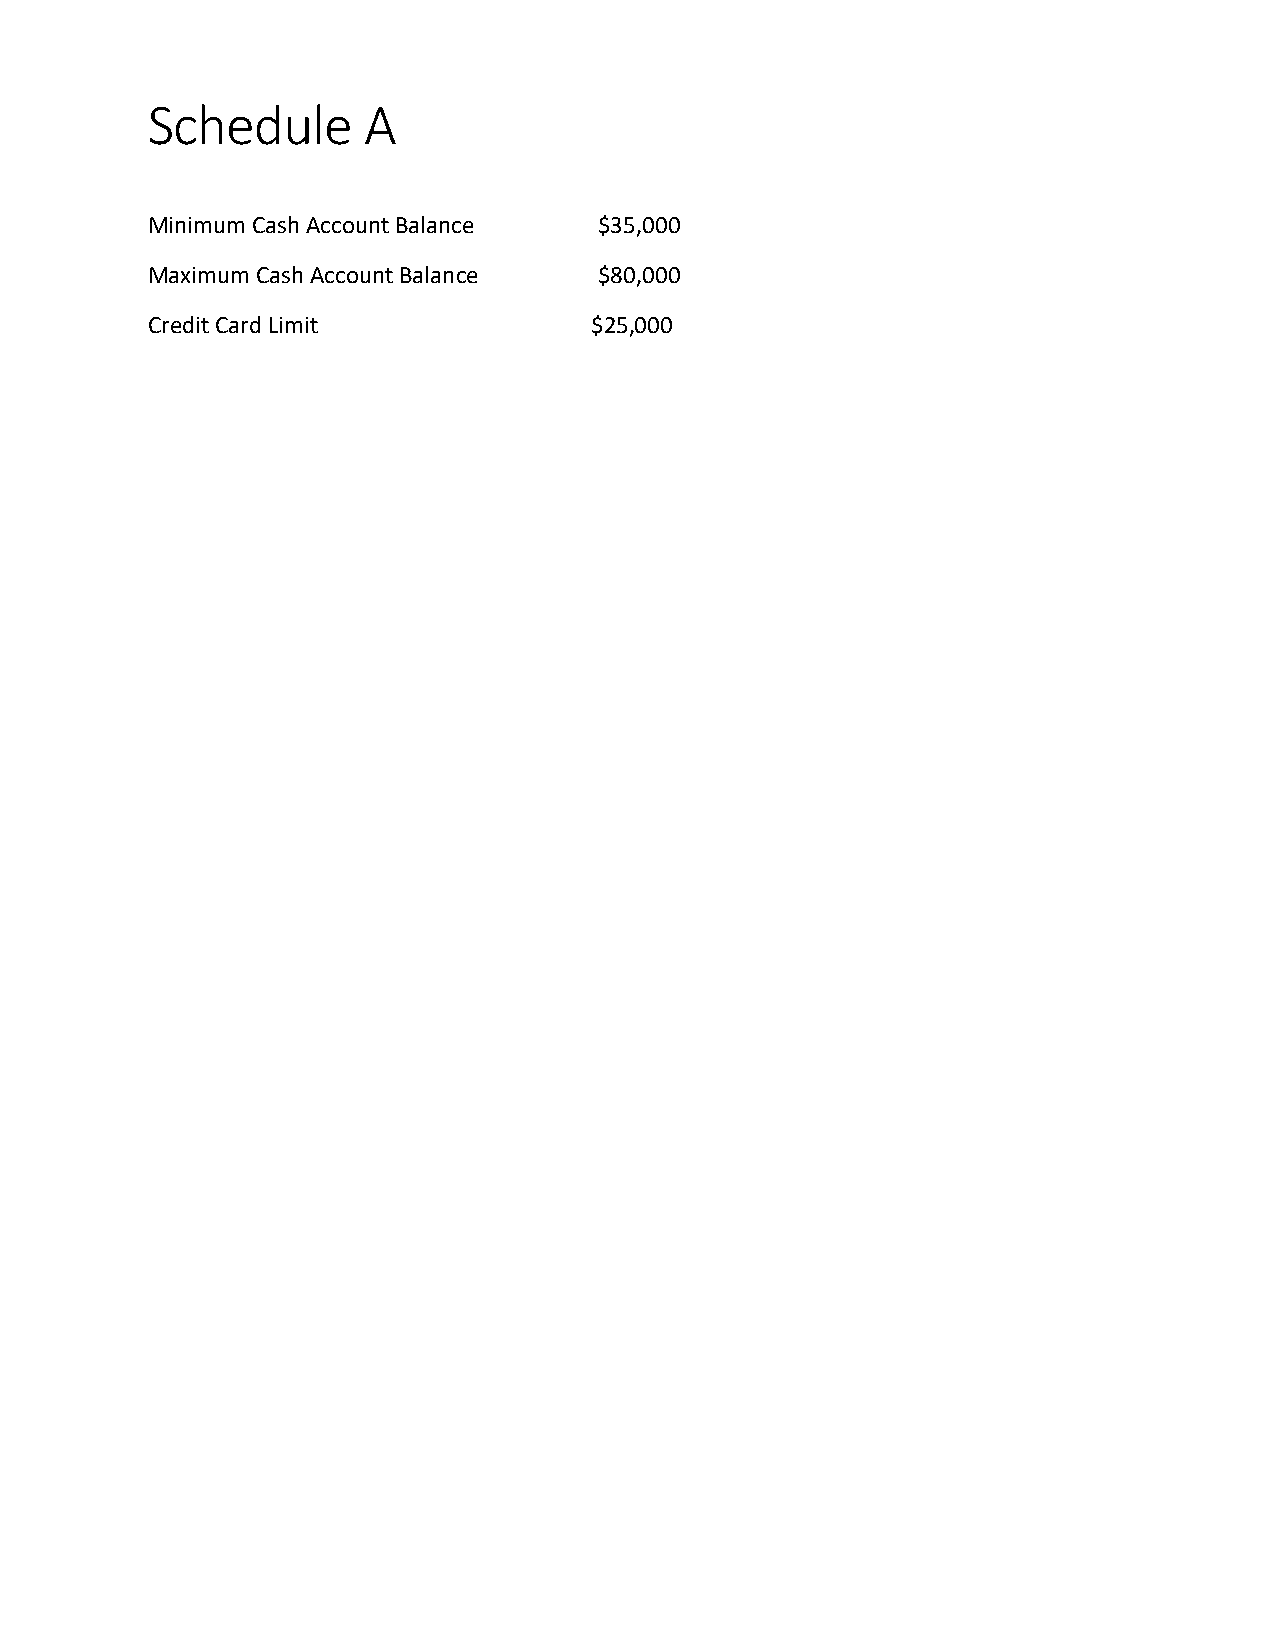
Schedule      A
 Minimum Cash Account Balance  $35,000
 Maximum Cash Account Balance  $80,000
 Credit Card Limit            $25,000